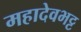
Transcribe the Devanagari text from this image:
महादेवभट्ट